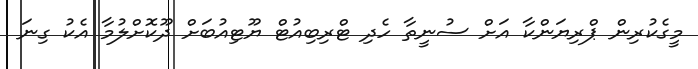
މީގެކުރިން ޕްރިޔަންކާ އަށް ސުނީތާ ހެދި ޓްރިބިއުޓް ޔޫޓިއުބަށް ދޫކޮށްލުމާ އެކު ގިނަ